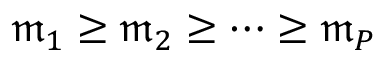
\mathfrak { m } _ { 1 } \geq \mathfrak { m } _ { 2 } \geq \dots \geq \mathfrak { m } _ { P }